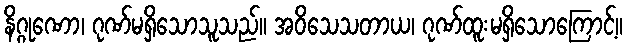
နိဂ္ဂုဏော၊ ဂုဏ်မရှိသောသူသည်။ အဝိသေသတာယ၊ ဂုဏ်ထူးမရှိသောကြောင့်။